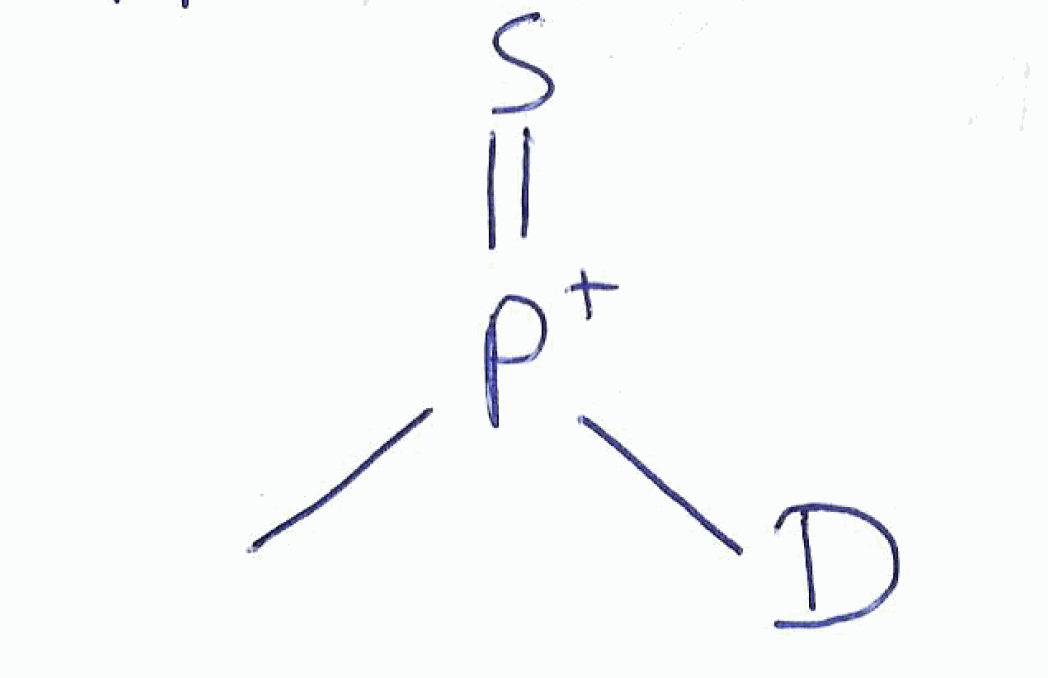
Simplified molecular-input line-entry system (SMILES) notation of the given molecule:
[2H][P+](=S)C